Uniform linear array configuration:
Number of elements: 8
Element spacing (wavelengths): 0.5
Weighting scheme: hann
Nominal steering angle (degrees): -30
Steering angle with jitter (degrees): -31.062
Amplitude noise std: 0.05
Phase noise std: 0.05

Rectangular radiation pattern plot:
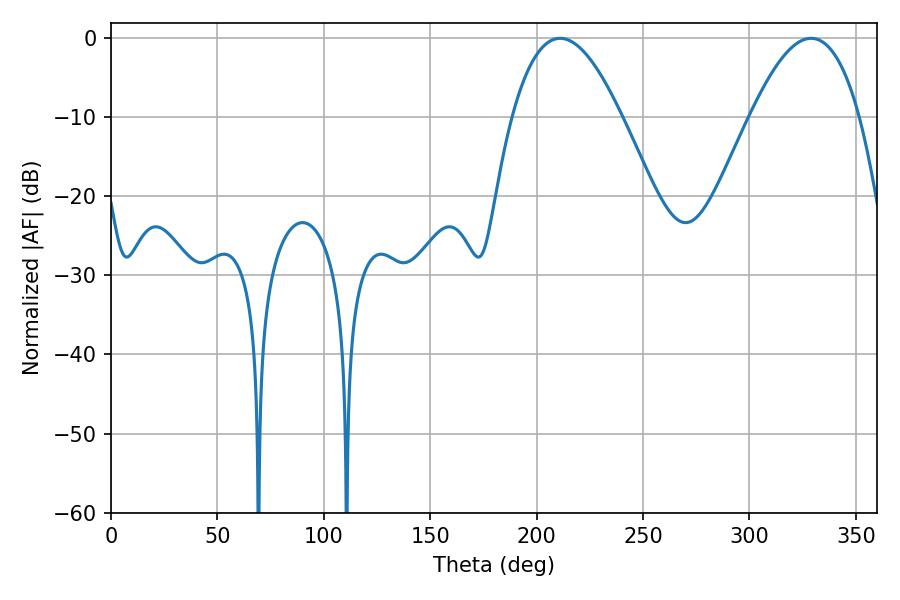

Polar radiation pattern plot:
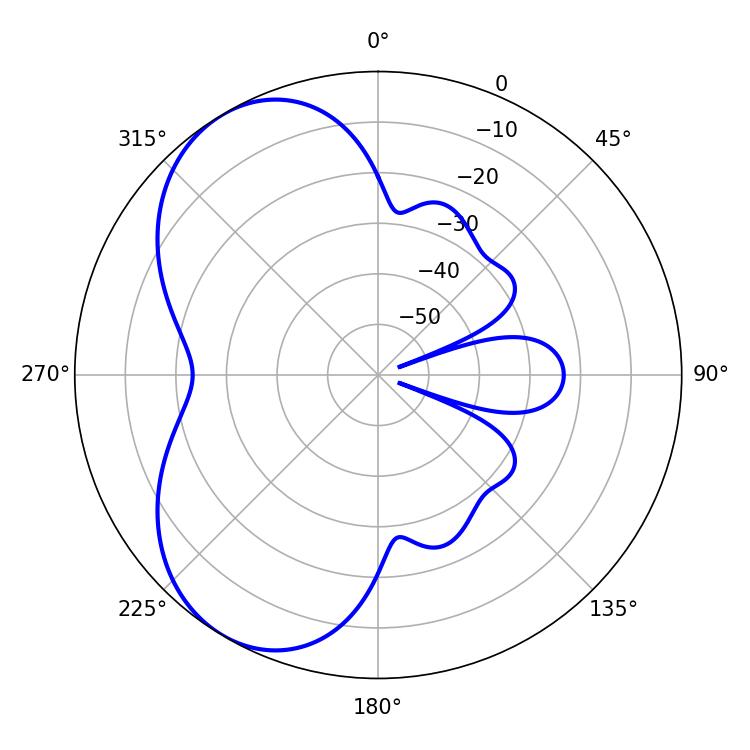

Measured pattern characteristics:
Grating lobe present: FALSE
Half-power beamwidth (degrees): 28.08
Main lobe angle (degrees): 210.96